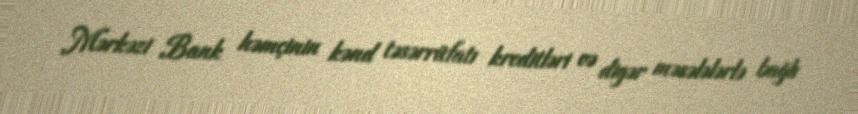
Mərkəzi Bank həmçinin kənd təsərrüfatı kreditləri və digər məsələlərlə bağlı